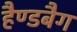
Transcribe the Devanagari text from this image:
हैण्डबैग